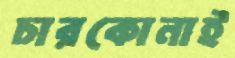
চারকোনাই